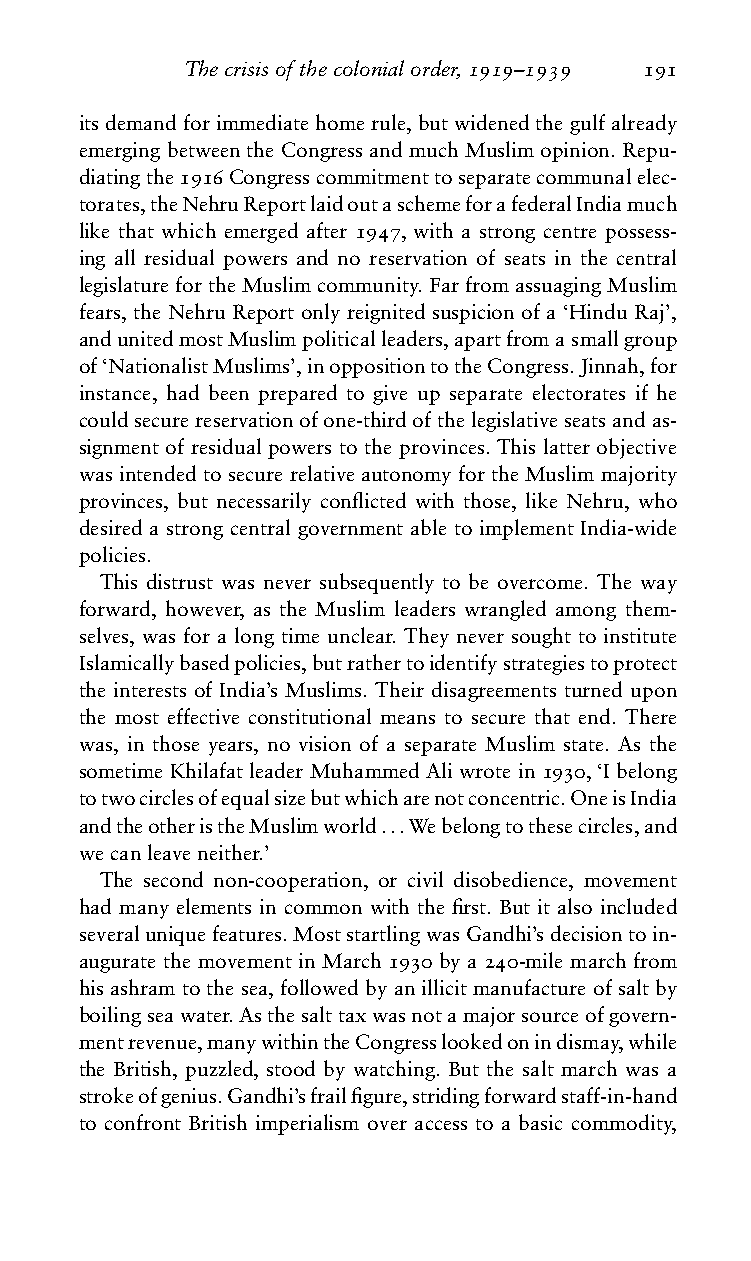
Thecrisisofthecolonialorder,1919–1939 191
 its demand for immediate home rule, but widened the gulf already
 emerging between the Congress and much Muslim opinion. Repu-
 diatingthe1916Congresscommitmenttoseparatecommunalelec-
 torates,theNehruReportlaidoutaschemeforafederalIndiamuch
 like that which emerged after 1947, with a strong centre possess-
 ing all residual powers and no reservation of seats in the central
 legislaturefortheMuslimcommunity.FarfromassuagingMuslim
 fears, the Nehru Report only reignited suspicion of a ‘Hindu Raj’,
 andunitedmostMuslimpoliticalleaders,apartfromasmallgroup
 of‘NationalistMuslims’,inoppositiontotheCongress.Jinnah,for
 instance, had been prepared to give up separate electorates if he
 couldsecurereservationofone-thirdofthelegislativeseatsandas-
 signment of residual powers to the provinces. This latter objective
 wasintendedtosecurerelativeautonomyfortheMuslimmajority
 provinces, but necessarily conflicted with those, like Nehru, who
 desired a strong central government able to implement India-wide
 policies.
 This distrust was never subsequently to be overcome. The way
 forward, however, as the Muslim leaders wrangled among them-
 selves, was for a long time unclear. They never sought to institute
 Islamicallybasedpolicies,butrathertoidentifystrategiestoprotect
 the interests of India’s Muslims. Their disagreements turned upon
 the most effective constitutional means to secure that end. There
 was, in those years, no vision of a separate Muslim state. As the
 sometime Khilafat leader Muhammed Ali wrote in 1930, ‘I belong
 totwocirclesofequalsizebutwhicharenotconcentric.OneisIndia
 andtheotheristheMuslimworld...Webelongtothesecircles,and
 wecanleaveneither.’
 The second non-cooperation, or civil disobedience, movement
 had many elements in common with the first. But it also included
 severaluniquefeatures.MoststartlingwasGandhi’sdecisiontoin-
 augurate the movement in March 1930 by a 240-mile march from
 his ashram to the sea, followed by an illicit manufacture of salt by
 boilingseawater.Asthesalttaxwasnotamajorsourceofgovern-
 mentrevenue,manywithintheCongresslookedonindismay,while
 the British, puzzled, stood by watching. But the salt march was a
 strokeofgenius.Gandhi’sfrailfigure,stridingforwardstaff-in-hand
 to confront British imperialism over access to a basic commodity,